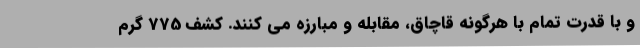
و با قدرت تمام با هرگونه قاچاق، مقابله و مبارزه می کنند. کشف 775 گرم